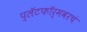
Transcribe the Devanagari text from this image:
प्लॅटफॉर्मवरचं